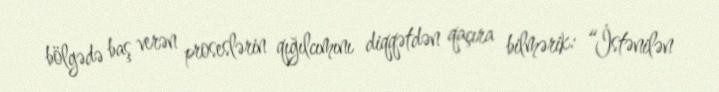
bölgədə baş verən proseslərin qığılcımını diqqətdən qaçıra bilmərik: “İstənilən